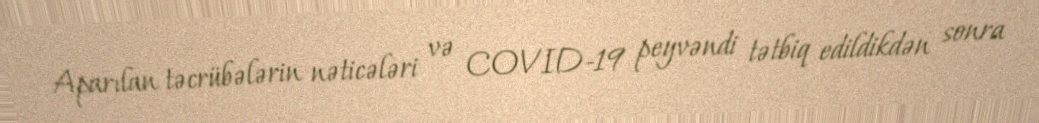
Aparılan təcrübələrin nəticələri və COVID-19 peyvəndi tətbiq edildikdən sonra